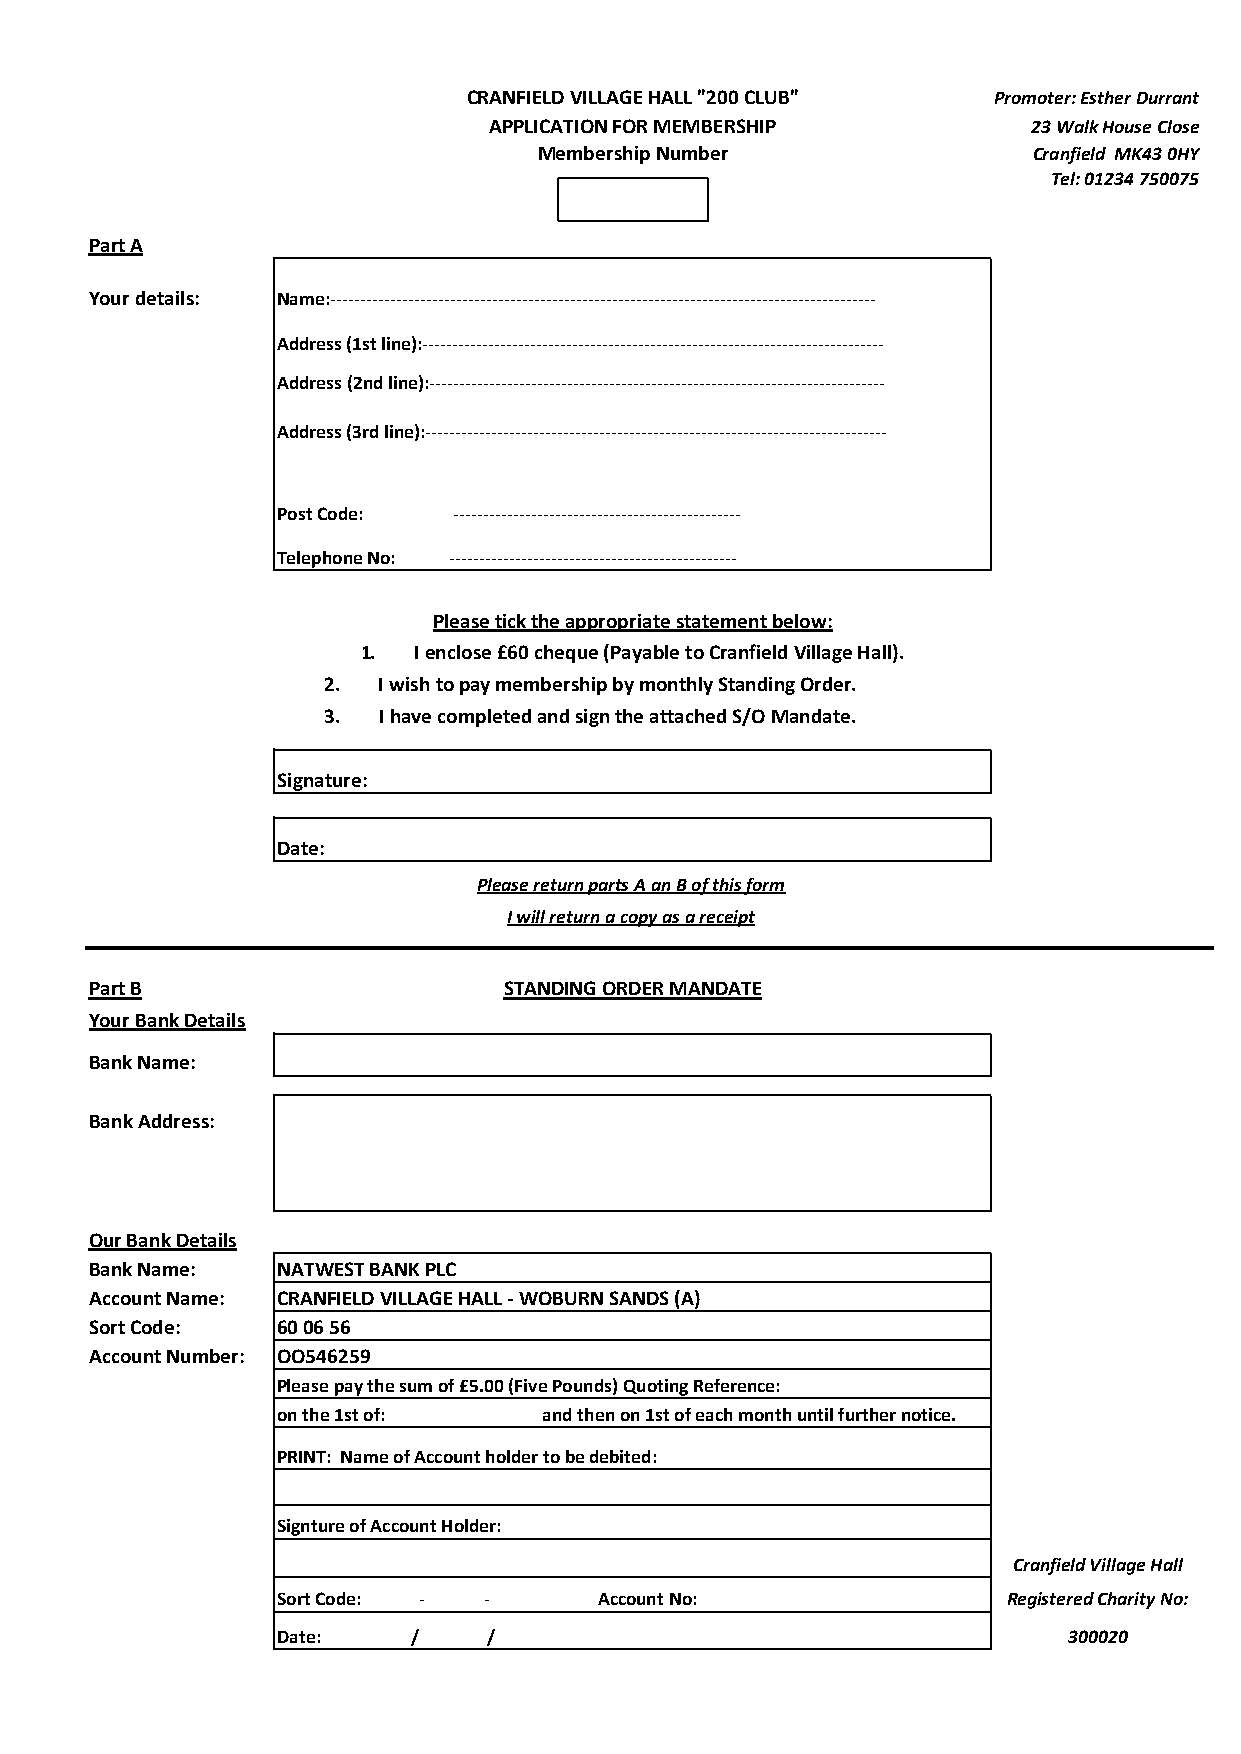
CRANFIELD VILLAGE HALL "200 CLUB"  Promoter: Esther Durrant
 APPLICATION FOR MEMBERSHIP          23 Walk House Close
 Membership Number               Cranfield MK43 0HY
 Tel: 01234 750075
 Part A
 Your details: Name:-------------------------------------------------------------------------------------------
 Address (1st line):-----------------------------------------------------------------------------
 Address (2nd line):----------------------------------------------------------------------------
 Address (3rd line):-----------------------------------------------------------------------------
 Post Code:  ------------------------------------------------
 Telephone No: ------------------------------------------------
 Please tick the appropriate statement below:
 1. I enclose £60 cheque (Payable to Cranfield Village Hall).
 2.  I wish to pay membership by monthly Standing Order.
 3.  I have completed and sign the attached S/O Mandate.
 Signature:
 Date:
 Please return parts A an B of this form
 I will return a copy as a receipt
 Part B                     STANDING ORDER MANDATE
 Your Bank Details
 Bank Name:
 Bank Address:
 Our Bank Details
 Bank Name:  NATWEST BANK PLC
 Account Name: CRANFIELD VILLAGE HALL - WOBURN SANDS (A)
 Sort Code:  60 06 56
 Account Number: OO546259
 Please pay the sum of £5.00 (Five Pounds) Quoting Reference:
 on the 1st of:    and then on 1st of each month until further notice.
 PRINT: Name of Account holder to be debited:
 Signture of Account Holder:
 Cranfield Village Hall
 Sort Code: -  -       Account No:                Registered Charity No:
 Date:    /    /                                      300020